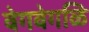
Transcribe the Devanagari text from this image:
वेगवेगळि